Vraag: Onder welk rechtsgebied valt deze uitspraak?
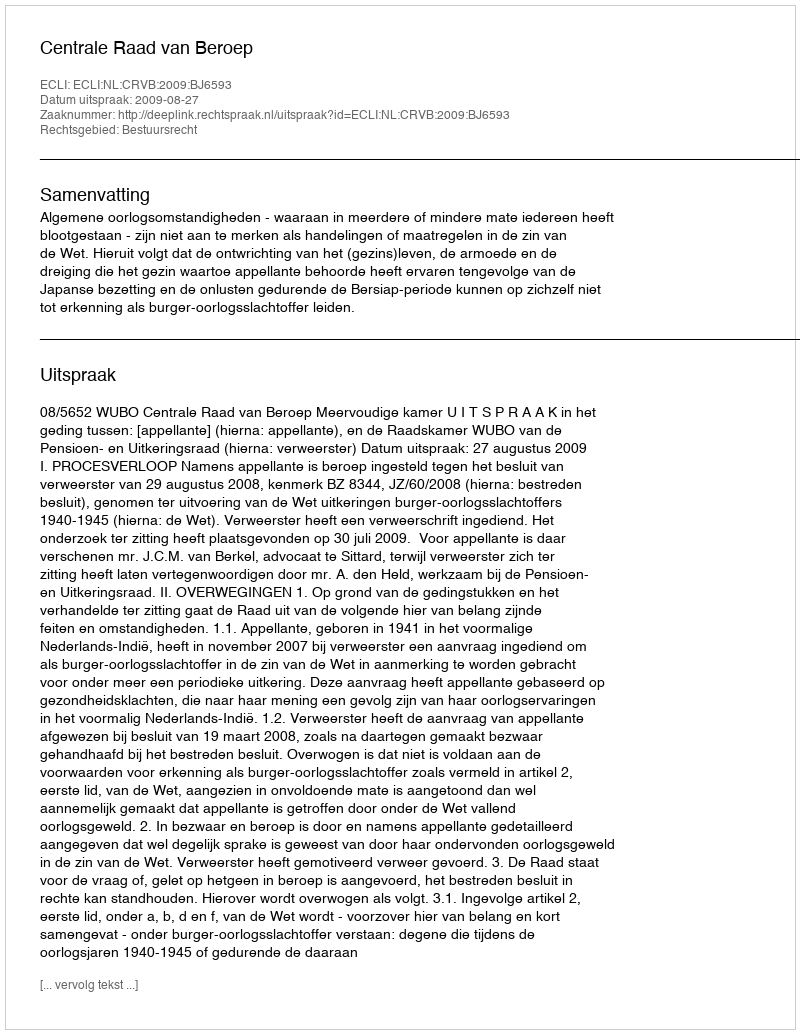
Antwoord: Bestuursrecht